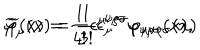
LaTeX: \widetilde { \varphi } _ { \mu } ( x ) = \frac 1 { 3 ! } \epsilon _ { \mu } ^ { \nu \rho \sigma } \varphi _ { \nu \rho \sigma } ( x ) , \hspace { 0 . 5 i n } \widetilde { \varphi } ( x ) = \frac 1 { 4 ! } \epsilon ^ { \mu \nu \rho \sigma } \varphi _ { \mu \nu \rho \sigma } ( x )